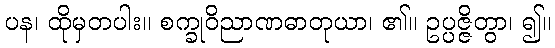
ပန၊ ထိုမှတပါး။ စက္ခုဝိညာဏဓာတုယာ၊ ၏။ ဥပ္ပဇ္ဇိတွာ၊ ၍။